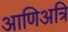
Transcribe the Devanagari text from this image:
आणिअत्रि